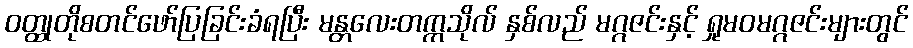
ဝတ္ထုတိုစတင်ဖော်ပြခြင်းခံရပြီး မန္တလေးတက္ကသိုလ် နှစ်လည် မဂ္ဂဇင်းနှင့် ရှုမဝမဂ္ဂဇင်းများတွင်